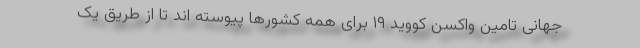
جهانی تامین واکسن کووید ۱۹ برای همه کشورها پیوسته اند تا از طریق یک